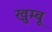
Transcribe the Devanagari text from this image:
खुम्बू